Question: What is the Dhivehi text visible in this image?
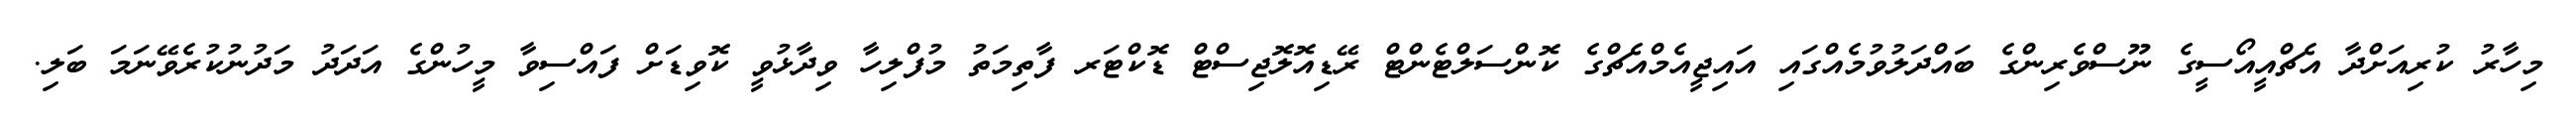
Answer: މިހާރު ކުރިއަށްދާ އެޗްއީއޯސީގެ ނޫސްވެރިންގެ ބައްދަލުވުމެއްގައި އައިޖީއެމްއެޗްގެ ކޮންސަލްޓެންޓް ރޭޑިއޮލޮޖިސްޓް ޑޮކްޓަރ ފާތިމަތު މުފްލިހާ ވިދާޅުވީ ކޮވިޑަށް ފައްސިވާ މީހުންގެ އަދަދު މަދުނުކުރެވޭނަމަ ބަލި.